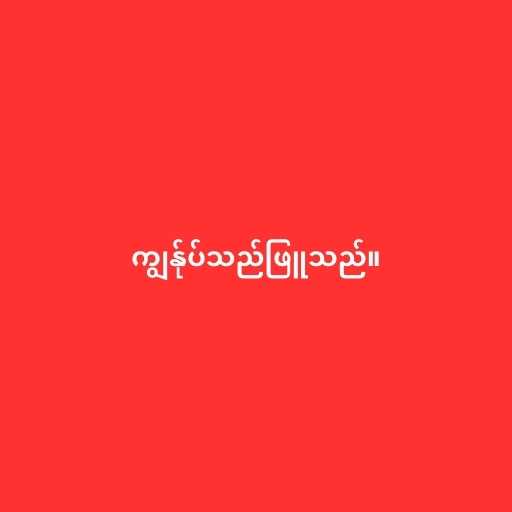
ကျွန်ုပ်သည်ဖြူသည်။